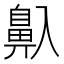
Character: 𱌒